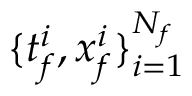
\{ t _ { f } ^ { i } , x _ { f } ^ { i } \} _ { i = 1 } ^ { N _ { f } }